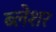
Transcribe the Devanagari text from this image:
ब्लेशर